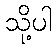
သို့ပါ